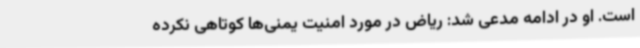
است. او در ادامه مدعی شد: ریاض در مورد امنیت یمنی‌ها کوتاهی نکرده